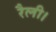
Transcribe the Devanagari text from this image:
रैली।